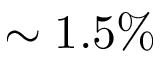
\sim 1 . 5 \%